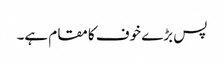
پس بڑے خوف کا مقام ہے۔